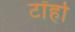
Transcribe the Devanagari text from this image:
टॉहो